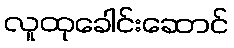
လူထုခေါင်းဆောင်